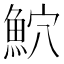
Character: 𫙕